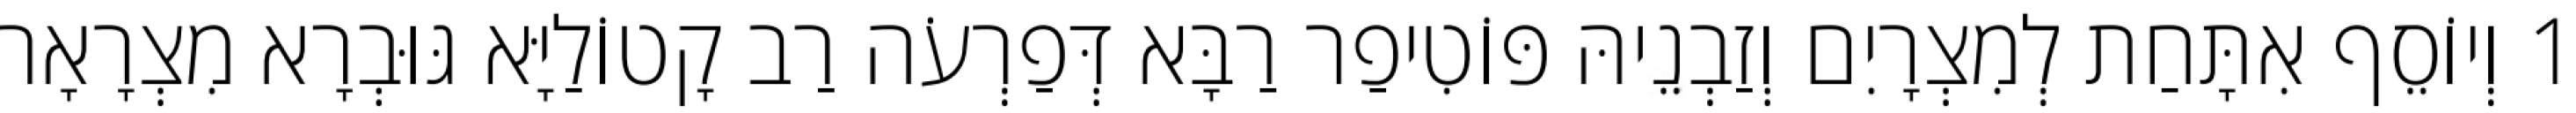
1 וְיוֹסֵף אִתָּחַת לְמִצְרָיִם וְזַבְנֵיהּ פּוֹטִיפַר רַבָּא דְּפַרְעֹה רַב קָטוֹלַיָּא גּוּבְרָא מִצְרָאָה